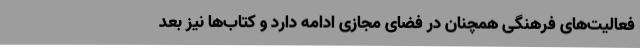
فعالیت‌های فرهنگی همچنان در فضای مجازی ادامه دارد و کتاب‌ها نیز بعد